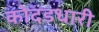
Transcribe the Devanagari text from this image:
कोदंडधारी